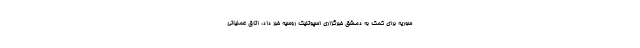
سوریه برای کمک به دمشق خبرگزاری اسپوتنیک روسیه خبر داد، اتاق عملیاتی